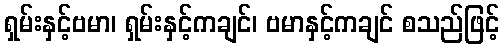
ရှမ်းနှင့်ဗမာ၊ ရှမ်းနှင့်ကချင်၊ ဗမာနှင့်ကချင် စသည်ဖြင့်